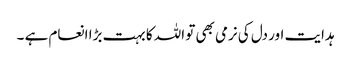
ہدایت اور دل کی نرمی بھی تو اللہ کا بہت بڑا انعام ہے ۔